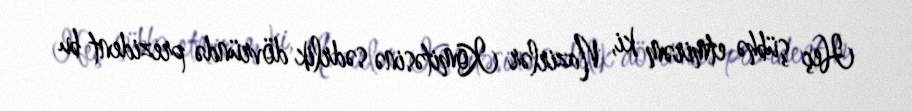
Heç şübhə etmirəm ki, Nazirlər Komitəsinə sədrlik dövründə prezident bu